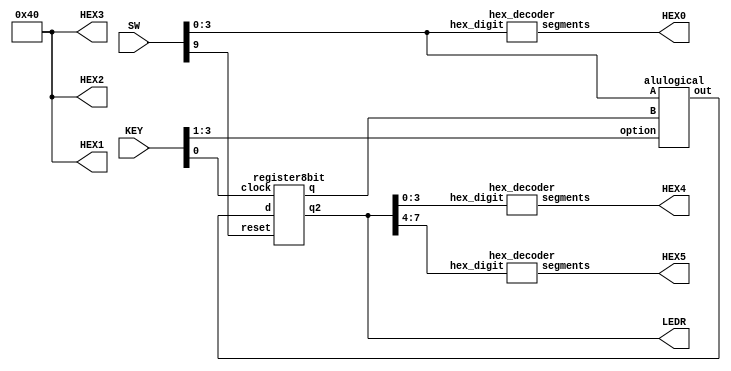
`timescale 1ns / 1ns // `timescale time_unit/time_precision


module bit8register(SW, KEY, LEDR, HEX0,HEX1,HEX2,HEX3,HEX4,HEX5);
    input [9:0] SW;
    input [3:0] KEY;
    output [7:0] LEDR;
    output [6:0] HEX0, HEX1, HEX2, HEX3, HEX4, HEX5;
    wire [3:0]B;
    wire [7:0] connection;
    wire [7:0] final;

    // Set HEX1 HEX2 and HEX 3 to 0
    assign HEX1[6:0] = 7'b100_0000;
    assign HEX2[6:0] = 7'b100_0000;
    assign HEX3[6:0] = 7'b100_0000;

    //Display the input in HEX0 given in SW[3:0]
    hex_decoder hex0(
            .hex_digit(SW[3:0]),
            .segments(HEX0[6:0])
    );
    //instantiate the ALU and connect its output to the register again
    alulogical alu(
        .A(SW[3:0]),
        .B(B),
        .option(KEY[3:1]),
        .out(connection)
    );
    //connect the output to anotther register

         register8bit secondregister(
            .clock(KEY[0]),
            .reset(SW[9]),
            .d(connection),
            .q(B),
            .q2(final)
        );

        assign LEDR[7:0] = final;
    hex_decoder output1(
        .hex_digit(final[3:0]),
        .segments(HEX4[6:0])
    );
    hex_decoder output2(
        .hex_digit(final[7:4]),
        .segments(HEX5[6:0])
        );

endmodule
module hex_decoder(hex_digit, segments);
    input [3:0] hex_digit;
    output reg [6:0] segments;

    always @(*)
        case (hex_digit)
            4'h0: segments = 7'b100_0000;
            4'h1: segments = 7'b111_1001;
            4'h2: segments = 7'b010_0100;
            4'h3: segments = 7'b011_0000;
            4'h4: segments = 7'b001_1001;
            4'h5: segments = 7'b001_0010;
            4'h6: segments = 7'b000_0010;
            4'h7: segments = 7'b111_1000;
            4'h8: segments = 7'b000_0000;
            4'h9: segments = 7'b001_1000;
            4'hA: segments = 7'b000_1000;
            4'hB: segments = 7'b000_0011;
            4'hC: segments = 7'b100_0110;
            4'hD: segments = 7'b010_0001;
            4'hE: segments = 7'b000_0110;
            4'hF: segments = 7'b000_1110;
            default: segments = 7'h7f;
        endcase
endmodule

module register8bit(clock,reset,d,q,q2);

    input clock;
    input reset;
    input [7:0]d;
    output [3:0]q;
    output [7:0] q2;
    dpositiveflipflop d1(
        .clock(clock),
        .reset(reset),
        .d(d[7]),
        .q(q2[7])
    );
    dpositiveflipflop d2(
        .clock(clock),
        .reset(reset),
        .d(d[6]),
        .q(q2[6])
    );
    dpositiveflipflop d3(
        .clock(clock),
        .reset(reset),
        .d(d[5]),
        .q(q2[5])
    );
    dpositiveflipflop d4(
        .clock(clock),
        .reset(reset),
        .d(d[4]),
        .q(q2[4])

    );
    dpositiveflipflop d5(
        .clock(clock),
        .reset(reset),
        .d(d[3]),
        .q(q2[3])

    );
    dpositiveflipflop d6 (
        .clock(clock),
        .reset(reset),
        .d(d[2]),
        .q(q2[2])
    );
    dpositiveflipflop d7(
        .clock(clock),
        .reset(reset),
        .d(d[1]),
        .q(q2[1])
    );
    dpositiveflipflop d8(
        .clock(clock),
        .reset(reset),
        .d(d[0]),
        .q(q2[0])
    );
    assign q = q2[3:0];

endmodule
module dpositiveflipflop(clock, reset,d,q);
    input clock;
    input reset;
    input d;
    output q;
    reg q;
    always@(posedge clock)
        begin
        if (reset == 1'b0)
            q<=0;
        else
            q<=d;
        end
endmodule
module full4adder(out,A,B);
    	input [3:0] A;
	input [3:0] B;
	output [7:0] out;
	wire connection1, connection2, connection3;

	 fulladder a1(
		.a(A[0]),
		.b(B[0]),
		.c0(1'b0),
		.s(out[0]),
		.c1(connection1)
	 );

	 fulladder a2(
		.a(A[1]),
		.b(B[1]),
		.c0(connection1),
		.s(out[1]),
		.c1(connection2)
	 );

	 fulladder a3(
		.a(A[2]),
		.b(B[2]),
		.c0(connection2),
		.s(out[2]),
		.c1(connection3)
	 );

	 fulladder a4(
		.a(A[3]),
		.b(B[3]),
		.c0(connection3),
		.s(out[3]),
		.c1(out[4])
	 );
endmodule

module fulladder(a,b,c0,s,c1);
    input a,b,c0;
    output s,c1;
    assign s = ~b&~a&c0 | ~b&a&~c0 | b&~a&~c0 | b&a&c0;
    assign c1 =b&c0 | a&c0 | a&b;
endmodule
module alulogical(A,B,option,out);
    input [3:0] A;
    input [3:0] B;
    input [2:0] option;
    output [7:0] out;
    reg [7:0] out;
    wire [7:0] adder;
    full4adder a1 (
	.out(adder),
	.A(A),
	.B(B)
);
    always@(*)
    begin
        case(option)
        3'b000: out = adder;
        3'b001: out = A +B;
        3'b010: out = {A |B, A ^B};
        3'b011: out = {7'b0000000,((|A) | (|B))};
        3'b100: out = {7'b0000000,((&A) & (&B))};
        3'b101: out = B << A;
        3'b110: out = B >>> A;
        3'b111:out = A * B;
        default:out = 8'b00000000;
	endcase
	end
endmodule